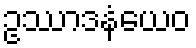
ဥဿာဒနံယေဝ